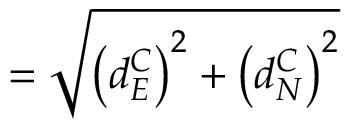
= \sqrt { \left( { d _ { E } ^ { C } } \right) ^ { 2 } + \left( { d _ { N } ^ { C } } \right) ^ { 2 } }